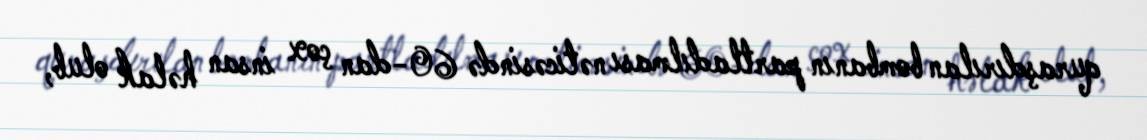
quraşdırılan bombanın partladılması nəticəsində 60-dan çox insan həlak olub,